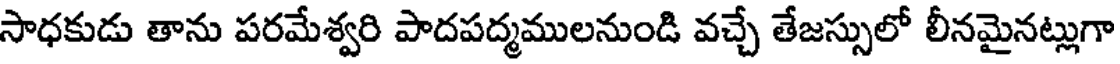
సాధకుడు తాను పరమేశ్వరి పాదపద్మములనుండి వచ్చే తేజస్సులో లీనమైనట్లుగా